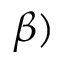
\beta )